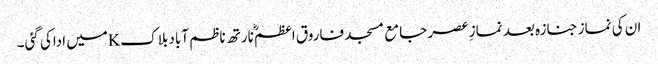
ان کی نماز جنازہ بعد نمازِ عصر جامع مسجد فاروق اعظمؓ نارتھ ناظم آباد بلاکKمیں اداکی گئی۔